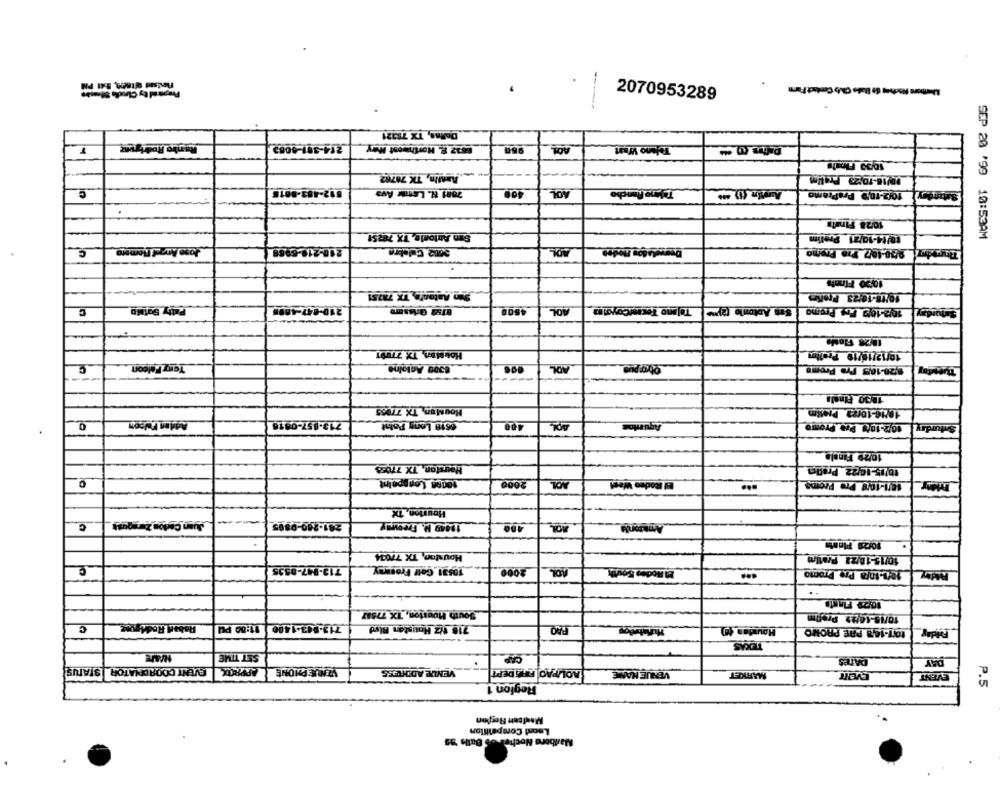
Fietsad 818A, 8x1 PM
Daten Rather de Blads Cb Contact Form
2070953289
Dallas, TX 75321
Ranko Rodriguez
214-391-9082
950
Tejano Want
10,39 Floats
Austin, TX 78762
10/18-10:23 PraHm
512-483-8015
Tajine Rancho
Austin (1) 06
10/2-10,9 PraPramo
C
7081 8. LEter Ava
AOL
.
10/28 Finata
San Antonio, TX 78251
10/14-10/21 Prelim
SEP 20 '99 10:53AM
C
Jose Angel Romero
210-218-5989
3012 Culebra
AOL
Derrotados Hodes
9/30-107 Fra Promo
10/20 Finais
Sin Anton's, TX 73251
19/18-10/23 Prelims
C
Patty SoiMo
210-847-4001
4500
AOL
Tejano Tecmicoyolm
18/2-100 Frs Promo
11/28 Flotta
House, TX 77091
10/12/10/19 Prelim
Tony Falcon
C
8300 Antoine
ADL
$,20-105 Pra Promo
Houston, TX 77055
18/16-10/23 Prelim
Adilen Fulgon
713-157-0816
6618 Long Patat
400
AOL
Aquartos
10/2-10/1 Pro Promo
Saturday
10/29 Finala
Hourston, TX 77055
10/15-10/22 Pradin
tones Longpoint
2000
AOL
El Rodeo West
18/1-10/8 Pre Prome
May
...
Houston, TX
281-200-0895
19449 M. Freeway
c
AOL
Amazonda
10/29 Pineta
Houston, TX 7/034
10/15-10/21 Prafim
713-947-8535
10531 Golf Frommay
2000
AOL
10/1-infa Pre Promo
-
10,29 Finnta
South Houston, TX 77587
10/15-14/29 Profim
Robert Rodriguez
713-943-1400
C
11:00 PM
718 1/2 Houston Blvd
107-140 PRE PROMO
TEXAS
SET TIME
CAP
DATES
DAY
EVENT COORDNIATOR STATUS
APPROX
SZ NUE PHONE
VENDE ADDRESS
AOLPAO FIRE DEPT
VENUE NAME
MARKET
EVENT
EVENT
Region 1
P.5
Mealcan Region
Leont Compelllion
Maribora Nochel of Balls 19